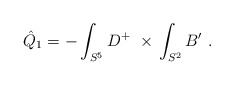
\begin{align*}\hat Q_1 = -\int_{S^5}D^+\ \times\,\int_{S^2} B'\ .\end{align*}